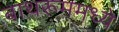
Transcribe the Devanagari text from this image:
बाथरूममध्ये